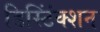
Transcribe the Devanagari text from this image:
डिस्टिंंक्शन